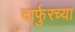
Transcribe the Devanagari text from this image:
दार्फुरच्या